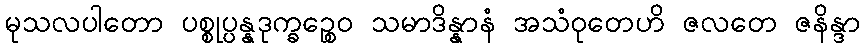
မုသလပါတော ပစ္စုပ္ပန္နဒုက္ခဉ္စေဝ သမာဒိန္နာနံ အသံဝုတေဟိ ဇလတေ ဇနိန္ဒာ